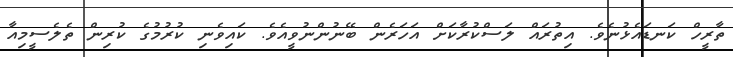
ތާރީހް ކަނޑައެޅުނެވެ. އިތުރައް ލަސްކުރާކަށް އަހަރެން ބޭނުންނުވީއެވެ. ކައިވެނި ކުރުމުގެ ކުރިން ތެލެސީމިއާ